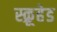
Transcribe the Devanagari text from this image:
स्क्रूहेड